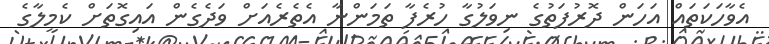
އެވާހަކަތައް އަހަން ދޮރުފަތުގެ ނިވަލުގާ ހުރެފާ ތަމަންނާ އެތެރެއަށް ވަދެގެން އައިގޮތަށް ކެމީލާގެ